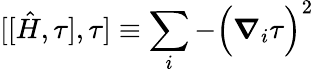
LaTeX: [[\hat{H},\tau],\tau]\equiv\sum_{i}-\Big(\boldsymbol{\nabla}_{i}\tau\Big)^{2}